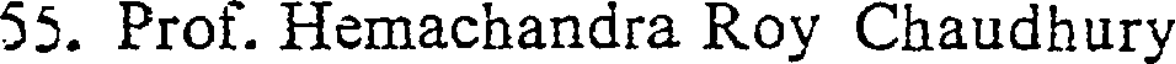
55. Prof. Hemachandra Roy Chaudhury